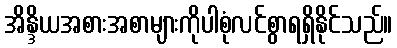
အိန္ဒိယအစားအစာများကိုပါစုံလင်စွာရရှိနိုင်သည်။